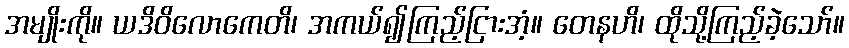
အမျိုးကို။ ယဒိဝိလောကေတိ၊ အကယ်၍ကြည့်ငြားအံ့။ တေနဟိ၊ ထိုသို့ကြည့်ခဲ့သော်။